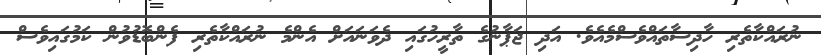
ނުރައްކާތެރި ހާދިސާތައްވެސްމެއެވެ. އަދި ޖަޕާނުގެ ތާރީހުގައި ދެވަނައަށް އެންމެ ނުރައްކާތެރި ފެންބޮޑުވުން ކަމުގައިވެސް